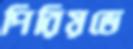
পিরিয়ডে